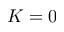
K = 0